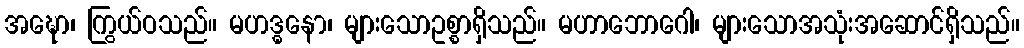
အဍ္ဎော၊ ကြွယ်ဝသည်။ မဟဒ္ဓနော၊ များသောဥစ္စာရှိသည်။ မဟာဘောဂေါ၊ များသောအသုံးအဆောင်ရှိသည်။